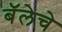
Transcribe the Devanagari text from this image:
बॅलेचे